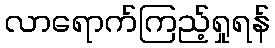
လာရောက်ကြည့်ရှုရန်